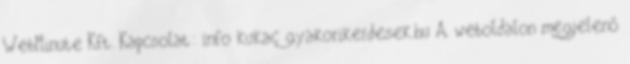
WebMinute Kft. Kapcsolat: info kukac gyakorikerdesek.hu A weboldalon megjelenő